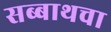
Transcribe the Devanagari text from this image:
सब्बाथचा